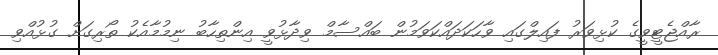
ރާއްޖެޓީވީގެ ކުޅިވަރު ފައިލްގައި ވާހަކަދައްކަވަމުން ބައްސާމް ވިދާޅުވީ އިންތިހާބު ނިމުމާއެކު ތޯރިގަށް ގުޅުއްވި